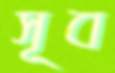
সূব